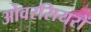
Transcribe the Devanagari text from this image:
ओवरसियरों